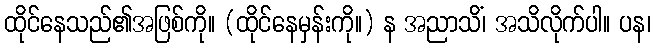
ထိုင်နေသည်၏အဖြစ်ကို။ (ထိုင်နေမှန်းကို။) န အညာသိံ၊ အသိလိုက်ပါ။ ပန၊